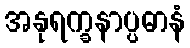
အနုရက္ခနာပ္ပဓာနံ